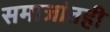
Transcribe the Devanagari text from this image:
समाजांतही